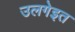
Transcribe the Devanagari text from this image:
उलगेइत